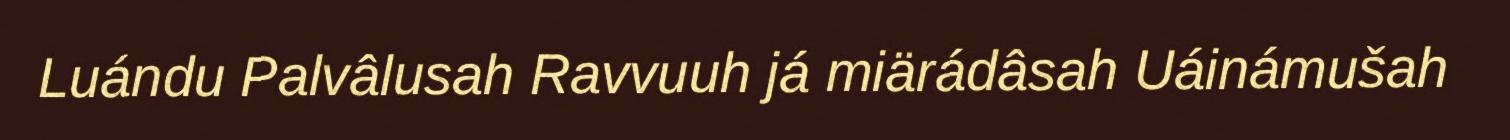
Luándu Palvâlusah Ravvuuh já miärádâsah Uáinámušah